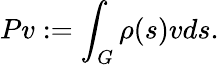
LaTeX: Pv:=\int_{G}\rho(s)vds.